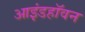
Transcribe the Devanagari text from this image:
आइंडहॉवन